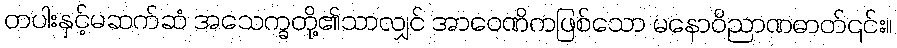
တပါးနှင့်မဆက်ဆံ အသေက္ခတို့၏သာလျှင် အာဝေဏိကဖြစ်သော မနောဝိညာဏဓာတ်၎င်း။